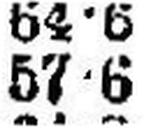
57•6